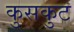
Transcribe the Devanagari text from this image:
कुसकुट